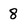
Character: 8